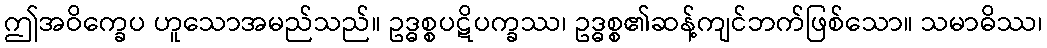
ဤအဝိက္ခေပ ဟူသောအမည်သည်။ ဥဒ္ဓစ္စပဋိပက္ခဿ၊ ဥဒ္ဓစ္စ၏ဆန့်ကျင်ဘက်ဖြစ်သော။ သမာဓိဿ၊